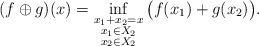
\begin{align*} (f\oplus g)(x) = \inf_{\substack{x_1+x_2=x\\x_1\in X_2\\x_2\in X_2}}\big( f(x_1) +g(x_2)\big). \end{align*}